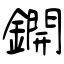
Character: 鐦